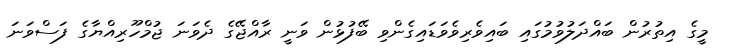
މީގެ އިތުރުން ބައްދަލުވުމުގައި ބައިވެރިވެވަޑައިގެންވި ބޭފުޅުން ވަނީ ރާއްޖޭގެ ދެވަނަ ޖުމްހޫރިއްޔާގެ ފަސްވަނަ